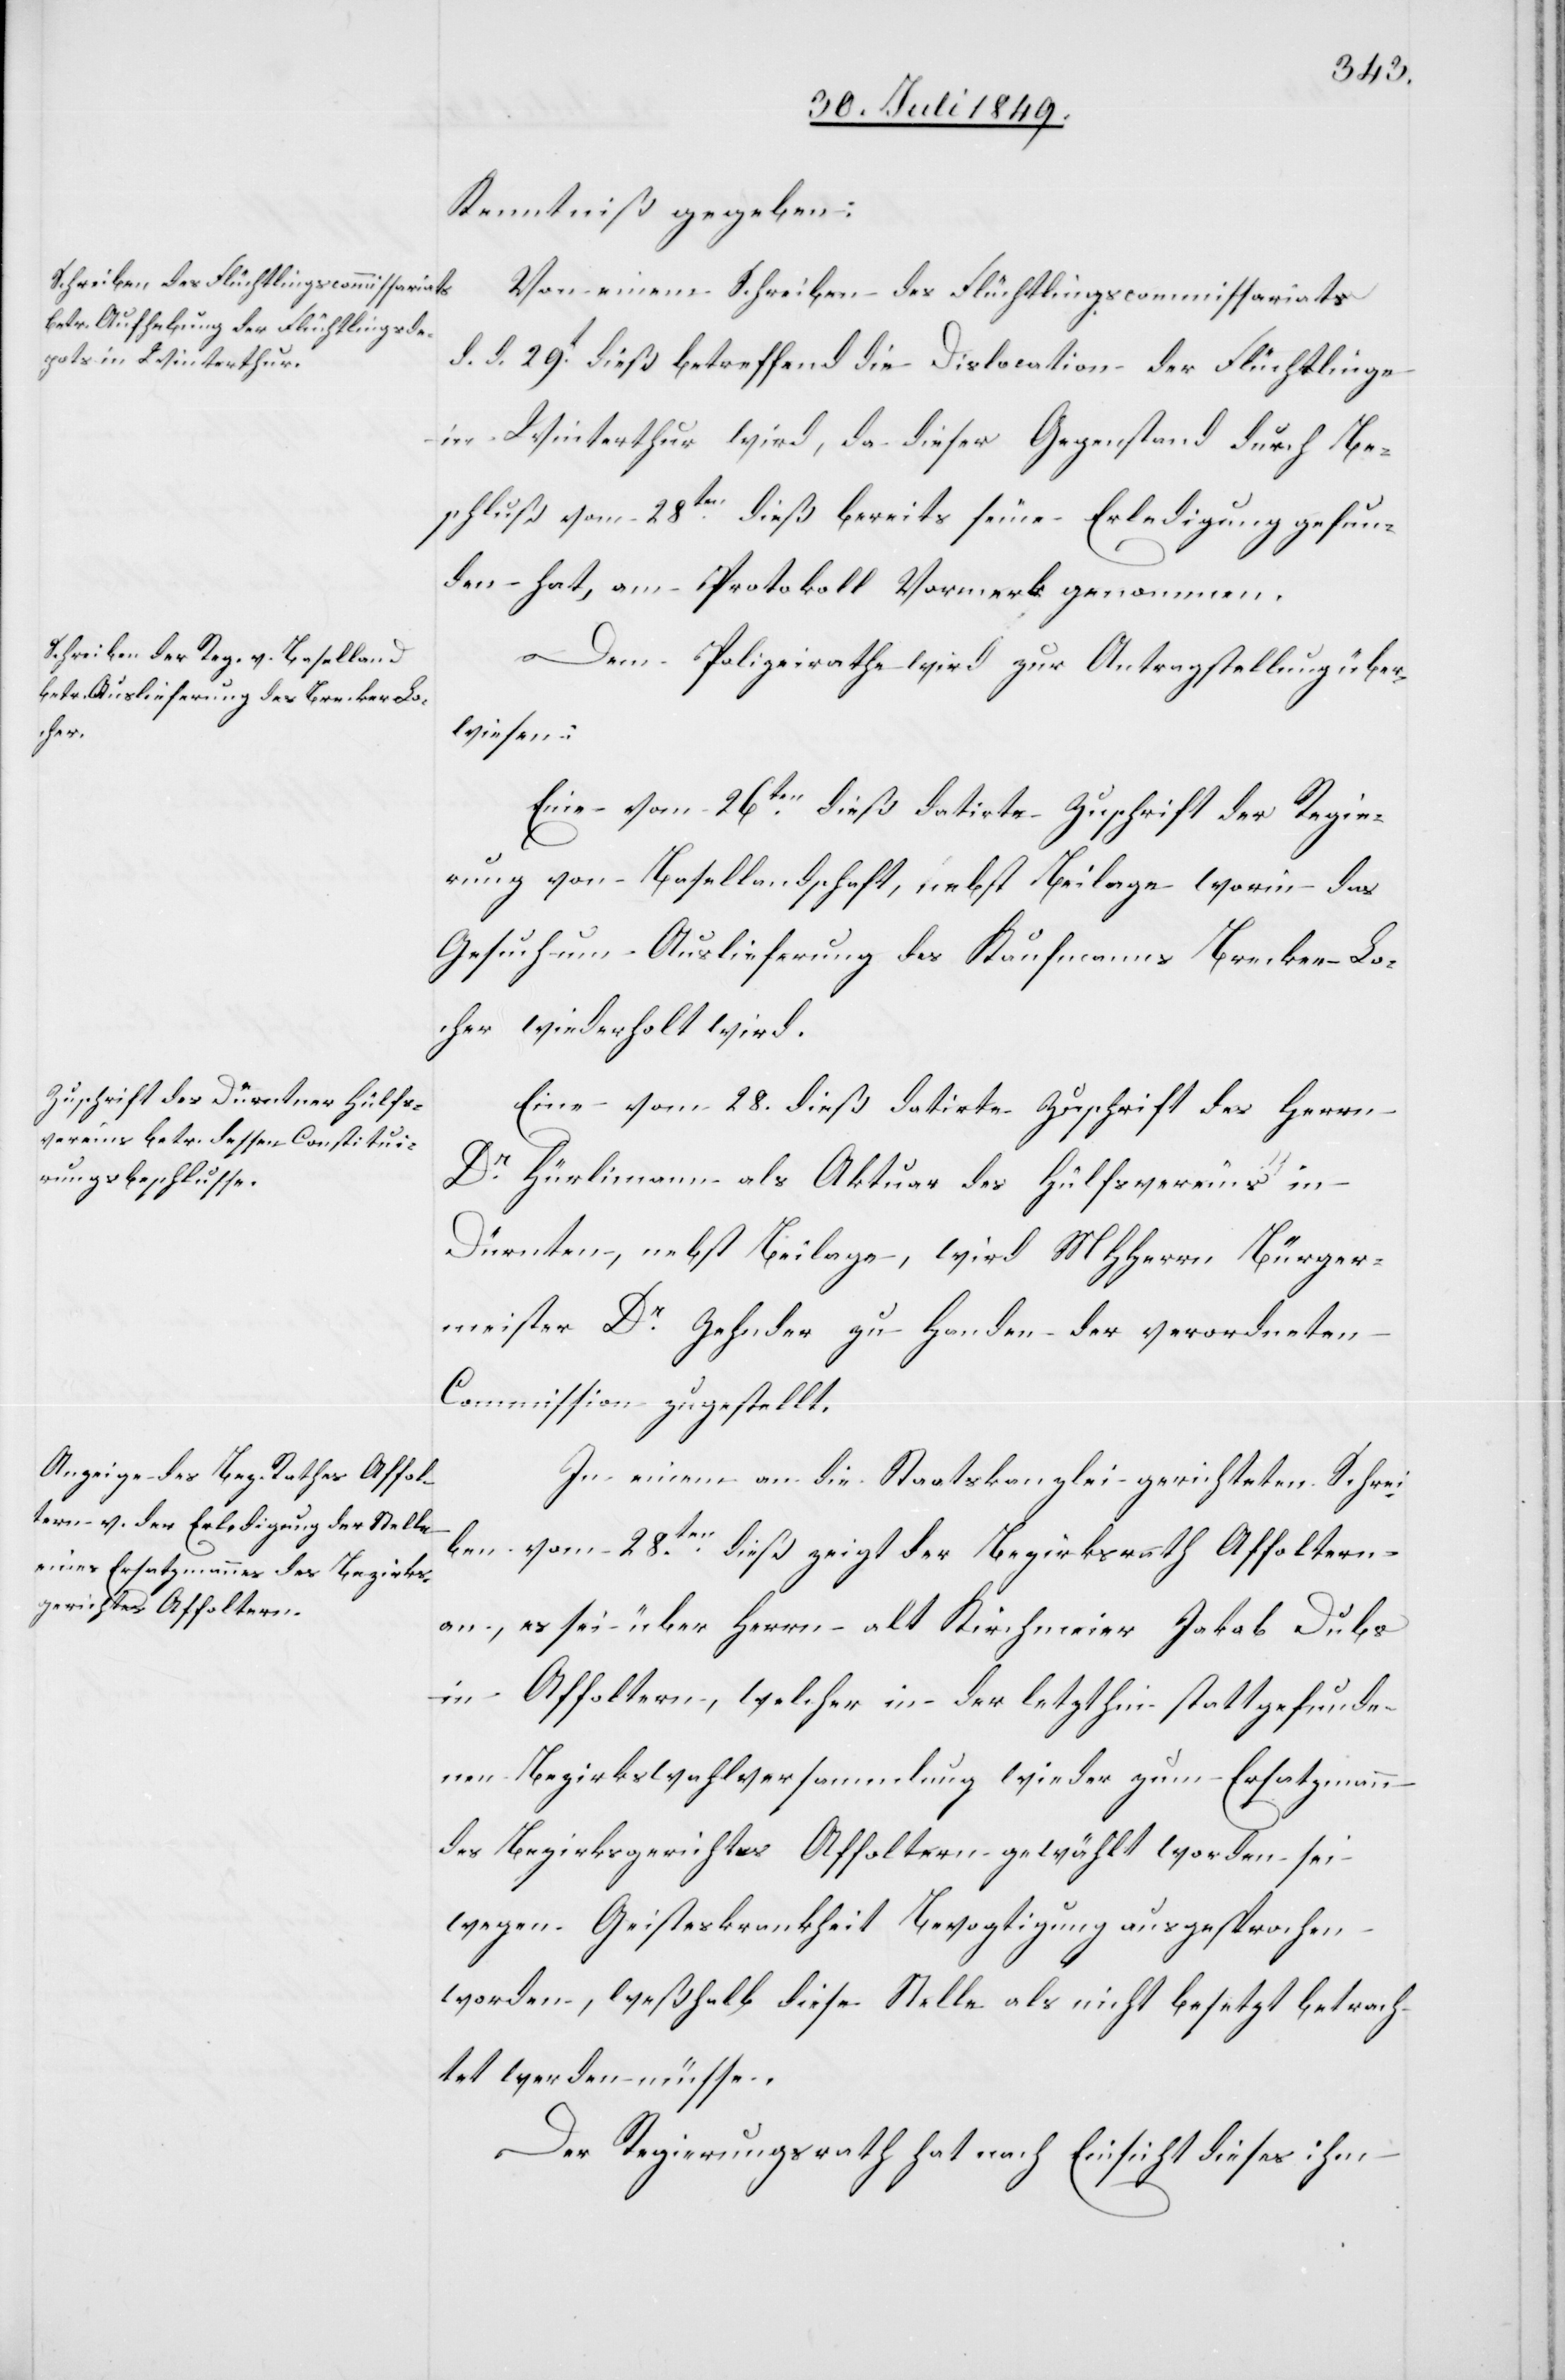
Kenntniß gegeben:
Von einem Schreiben des Flüchtlingscommissariats
d. d. 29t dieß betreffend die Dislocation der Flüchtlinge
in Winterthur wird, da dieser Gegenstand durch Be¬
schluß vom 28ten dieß bereits seine Erledigung gefun¬
den hat, am Protokoll Vormerk genommen.
Dem Polizeirathe wird zur Antragstellung über¬
wiesen:
Eine vom 26ten dieß datirte Zuschrift der Regie¬
rung von Basellandschaft, nebst Beilage worin das
Gesuch um Auslieferung des Kaufmanns Brecker-Lo¬
cher wiederholt wird.
Eine vom 28. dieß datirte Zuschrift des Herrn
Dr Hürlimann als Aktuar des Hülfsvereins in
Dürnten, nebst Beilage, wird MHHerrn Bürger¬
meister Dr Zehnder zu Handen der verordneten
Commission zugestellt.
In einem an die Staatskanzlei gerichteten Schrei¬
ben vom 28ten dieß zeigt der Bezirksrath Affoltern
an, es sei über Herrn alt Kirchmeier Jakob Dubs
in Affoltern, welcher in der letzthin stattgefunde¬
nen Bezirkswahlversammlung wieder zum Ersatzmann
des Bezirksgerichtes Affoltern gewählt worden sei
wegen Geisteskrankheit Bevogtigung ausgesprochen
worden, weßhalb diese Stelle als nicht besetzt betrach¬
tet werden müsse.
Der Regierungsrath hat nach Einsicht dieser ihm